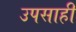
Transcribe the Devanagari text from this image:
उपसाही